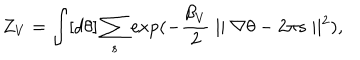
Z _ { V } = \int [ d \theta ] \sum _ { s } \exp ( - \frac { { \beta } _ { V } } { 2 } \mid \mid \nabla \theta - 2 \pi s \mid \mid ^ { 2 } ) ,